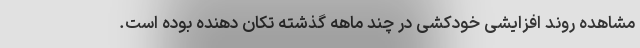
مشاهده روند افزایشی خودکشی در چند ماهه گذشته تکان دهنده بوده است.